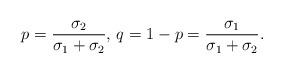
LaTeX: \begin{align*}p=\frac{\sigma_2}{\sigma_1+\sigma_2},\, q=1-p=\frac{\sigma_1}{\sigma_1+\sigma_2}.\end{align*}